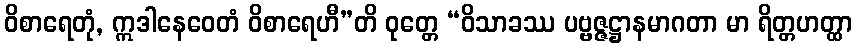
ဝိစာရေတုံ, ဣဒါနေဝေတံ ဝိစာရေဟီ”တိ ဝုတ္တေ “ဝိသာခဿ ပဗ္ဗဇ္ဇဋ္ဌာနမာဂတာ မာ ရိတ္တဟတ္ထာ